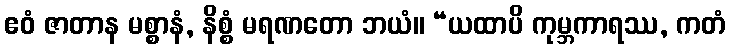
ဧဝံ ဇာတာန မစ္စာနံ, နိစ္စံ မရဏတော ဘယံ။ “ယထာပိ ကုမ္ဘကာရဿ, ကတံ